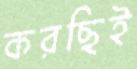
করছিই